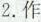
2.作